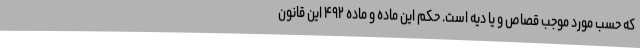
که حسب مورد موجب قصاص و یا دیه است. حکم این ماده و ماده ۴۹۲ این قانون